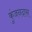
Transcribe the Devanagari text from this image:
कुंजनदास